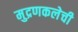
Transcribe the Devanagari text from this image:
मुद्रणकलेची